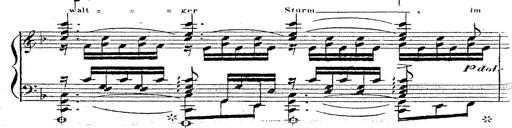
Title: 12 Lieder von Franz Schubert
Composer: Franz Liszt